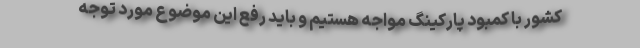
کشور با کمبود پارکینگ مواجه هستیم و باید رفع این موضوع مورد توجه